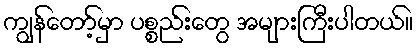
ကျွန်တော့်မှာ ပစ္စည်းတွေ အများကြီးပါတယ်။